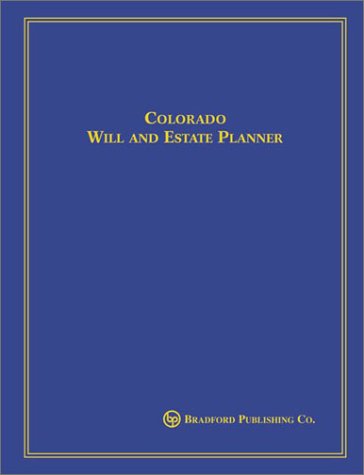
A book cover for Colorado Will and Estate Planner; Mark D. Masters; Law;